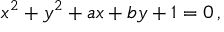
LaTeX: x ^ { 2 } + y ^ { 2 } + a x + b y + 1 = 0 \, ,